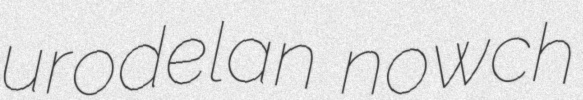
urodelan nowch